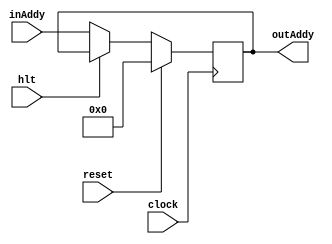
module programCounter (inAddy, outAddy, hlt, clock, reset);
  input clock, reset;
  input [15:0] inAddy;
  input hlt;
  reg[15:0] novo;
  output reg [15:0] outAddy;

  always @ ( * ) begin
    novo = inAddy;
  end

  always @ (posedge clock) begin
    if(reset)begin
		outAddy = 0;
    end //No faz nada.
    else if(hlt) begin
		 //No faz nada
		 end 
    else
      outAddy = novo;
  end

endmodule // programCounter